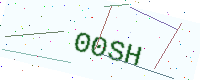
Text: 00SH